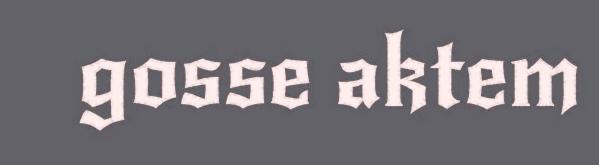
gosse aktem